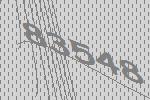
83548